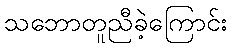
သဘောတူညီခဲ့ကြောင်း